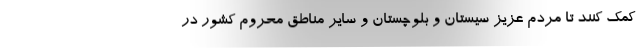
کمک کنند تا مردم عزیز سیستان و بلوچستان و سایر مناطق محروم کشور در